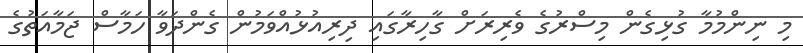
މި ނިންމުމާ ގުޅިގެން މިސްރުގެ ވެރިރަށް ގާހިރާގައި ދިރިއުޅުއްވަމުން ގެންދަވާ ހަމާސް ޖަމާއަތުގެ